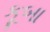
કૂબા